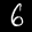
Label: 6